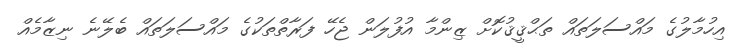
އިހުމާލުގެ މައްސަލަތައް ތަޙްޤީޤުކޮށް ޒިންމާ އުފުލަން ޖެހޭ ފަރާތްތަކުގެ މައްސަލަތައް ބެލޭނެ ނިޒާމެއް